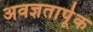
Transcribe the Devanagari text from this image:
अवज्ञतार्पूक